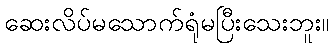
ဆေးလိပ်မသောက်ရုံမပြီးသေးဘူး။